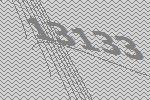
13133